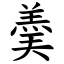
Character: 羮